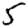
Digit: 5